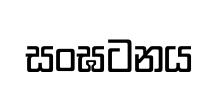
සංඝටනය